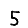
Digit: 5